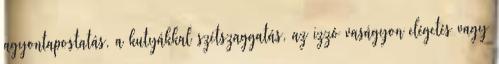
agyontapostatás, a kutyákkal szétszaggatás, az izzó vaságyon elégetés vagy